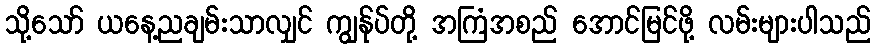
သို့သော် ယနေ့ညချမ်းသာလျှင် ကျွန်ုပ်တို့ အကြံအစည် အောင်မြင်ဖို့ လမ်းများပါသည်